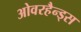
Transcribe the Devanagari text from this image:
ओवरहैन्ड्स